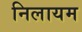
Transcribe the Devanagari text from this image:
निलायम